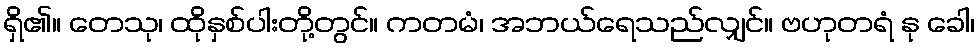
ရှိ၏။ တေသု၊ ထိုနှစ်ပါးတို့တွင်။ ကတမံ၊ အဘယ်ရေသည်လျှင်။ ဗဟုတရံ နု ခေါ၊